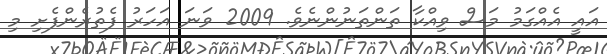
އައީ އެއްގަމު މަސް ވިއްކާ ތަންތަނުންނެވެ. 2009 ވަނަ އަހަރު ފެތުރެންފެށި މި